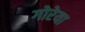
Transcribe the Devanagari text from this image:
गोरेया